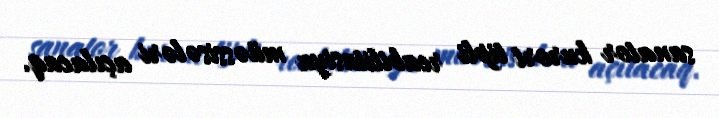
sanator kurort tipli reabilitasiya müəssisələri açılacaq.